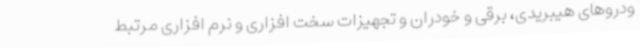
ودروهای هیبریدی، برقی و خودران و تجهیزات سخت افزاری و نرم افزاری مرتبط